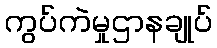
ကွပ်ကဲမှုဌာနချုပ်